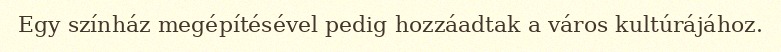
Egy színház megépítésével pedig hozzáadtak a város kultúrájához.